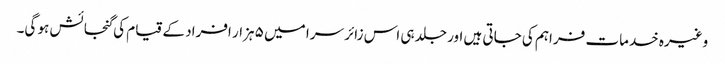
وغیرہ خدمات فراہم کی جاتی ہیں اور جلد ہی اس زائر سرا میں ۵ ہزار افراد کے قیام کی گنجائش ہو گی۔